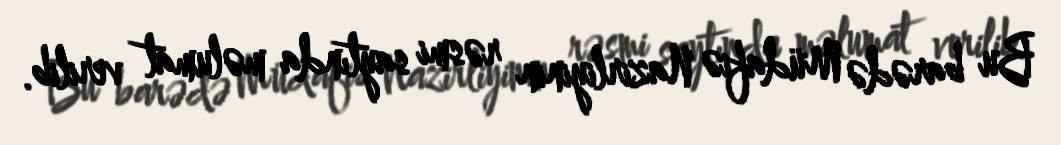
Bu barədə Müdafiə Nazirliyinin rəsmi saytında məlumat verilib.